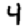
Digit: 4